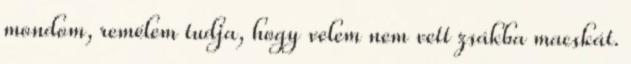
mondom, remélem tudja, hogy velem nem vett zsákba macskát.